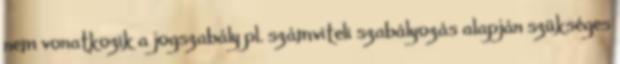
nem vonatkozik a jogszabály pl. számviteli szabályozás alapján szükséges